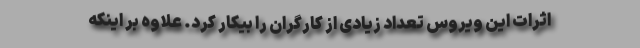
اثرات این ویروس تعداد زیادی از کارگران را بیکار کرد. علاوه بر اینکه